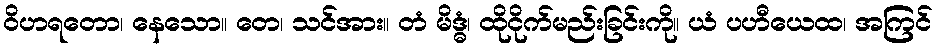
ဝိဟရတော၊ နေသော။ တေ၊ သင်အား။ တံ မိဒ္ဓံ၊ ထိုငိုက်မည်းခြင်းကို။ ယံ ပဟီယေထ၊ အကြင်